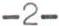
-2-